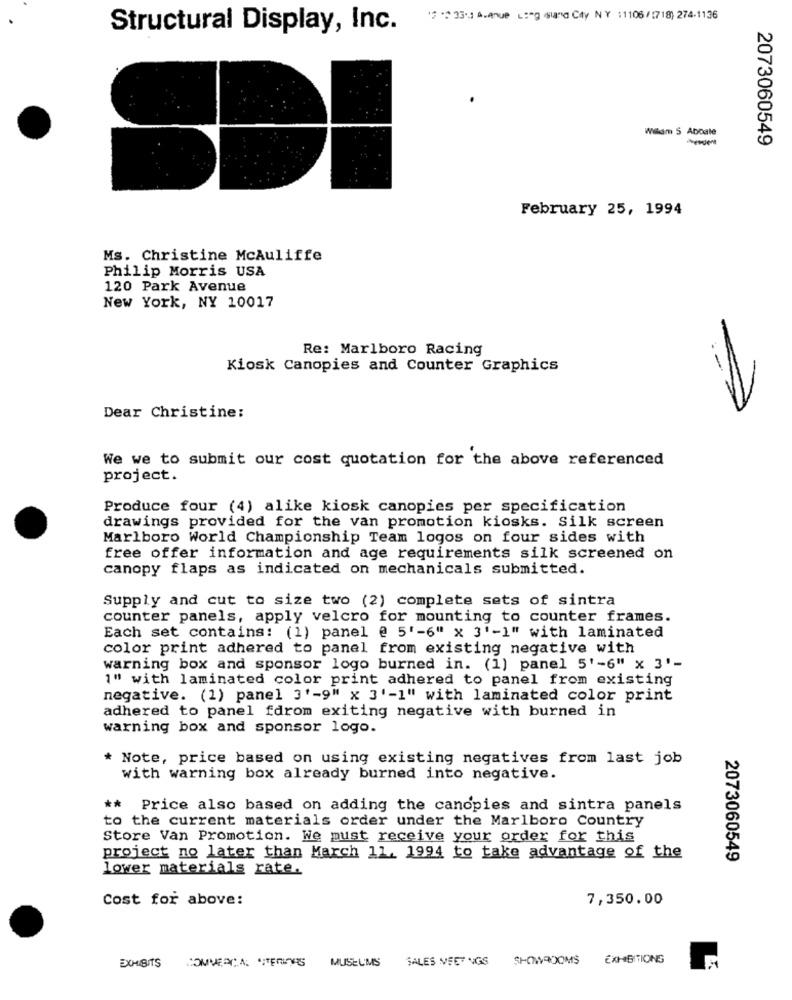
12 .2 33.3 4.Anue Long sund City NY :1108/27/18) 274.1136
Structural Display, Inc.
Welam S Abbale
2073060549
February 25, 1994
Ms. Christine Mcauliffe
Philip Morris USA
120 Park Avenue
New York, NY 10017
Re: Marlboro Racing
Kiosk Canopies and Counter Graphics
-
Dear Christine:
We we to submit our cost quotation for the above referenced
project.
Produce four (4) alike kiosk canopies per specification
drawings provided for the van promotion kiosks. Silk screen
Marlboro World Championship Team logos on four sides with
free offer information and age requirements silk screened on
canopy flaps as indicated on mechanicals submitted.
Supply and cut to size two (2) complete sets of sintra
counter panels, apply velcro for mounting to counter frames.
Each set contains: (1) panel @ 5'-6" x 3'-1" with laminated
color print adhered to panel from existing negative with
warning box and sponsor logo burned in. (1) panel 5'-6" x 3'-
1" with laminated color print adhered to panel from existing
negative. (1) panel 3'-9" x 3'-1" with laminated color print
adhered to panel fdrom exiting negative with burned in
warning box and sponsor logo.
* Note, price based on using existing negatives from last job
with warning box already burned into negative.
** Price also based on adding the canopies and sintra panels
to the current materials order under the Marlboro Country
Store Van Promotion. We must receive your order for this
project no later than March 11, 1994 to take advantage of the
2073060549
lower materials rate.
Cost for above:
7,350.00
MUSEUMS
SALES MEET INGS
SHOWROOMS
EXHIBITIONS
EXHIBITS